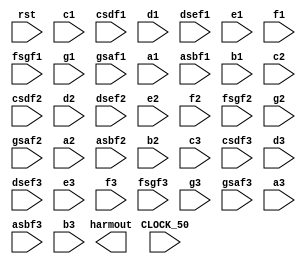
module owts_harmony(

input CLOCK_50, rst, 

output [15:0] harmout,

input [15:0] c1,
input [15:0] csdf1,
input [15:0] d1,
input [15:0] dsef1,
input [15:0] e1,
input [15:0] f1,
input [15:0] fsgf1,
input [15:0] g1,
input [15:0] gsaf1,
input [15:0] a1,
input [15:0] asbf1,
input [15:0] b1,

input [15:0] c2,
input [15:0] csdf2,
input [15:0] d2,
input [15:0] dsef2,
input [15:0] e2,
input [15:0] f2,
input [15:0] fsgf2,
input [15:0] g2,
input [15:0] gsaf2,
input [15:0] a2,
input [15:0] asbf2,
input [15:0] b2,

input [15:0] c3,
input [15:0] csdf3,
input [15:0] d3,
input [15:0] dsef3,
input [15:0] e3,
input [15:0] f3,
input [15:0] fsgf3,
input [15:0] g3,
input [15:0] gsaf3,
input [15:0] a3,
input [15:0] asbf3,
input [15:0] b3
);

endmodule